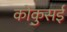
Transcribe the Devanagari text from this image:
कोकुसई